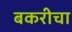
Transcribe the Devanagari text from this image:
बकरीचा